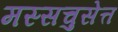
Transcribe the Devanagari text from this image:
मस्सचुसेत्त